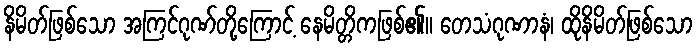
နိမိတ်ဖြစ်သော အကြင်ဂုဏ်တို့ကြောင့် နေမိတ္တိကဖြစ်၏။ တေသံဂုဏာနံ၊ ထိုနိမိတ်ဖြစ်သော